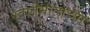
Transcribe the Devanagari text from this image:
ग्वातेमालाच्या